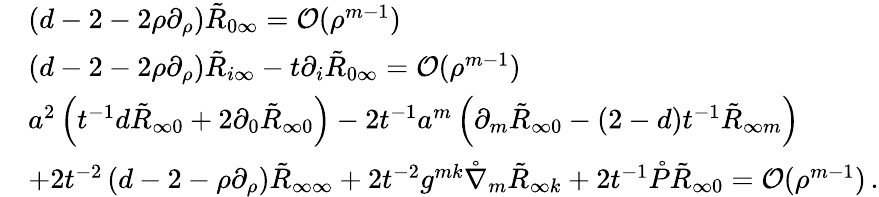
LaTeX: \begin{array}{rl}&{\left(d-2-2\rho\partial_{\rho}\right)\tilde{R}_{0\infty}={\cal O}(\rho^{m-1})}\\ &{(d-2-2\rho\partial_{\rho})\tilde{R}_{i\infty}-t\partial_{i}\tilde{R}_{0\infty}={\cal O}(\rho^{m-1})}\\ &{a^{2}\left(t^{-1}d\tilde{R}_{\infty 0}+2\partial_{0}\tilde{R}_{\infty 0}\right)-2t^{-1}a^{m}\left(\partial_{m}\tilde{R}_{\infty 0}-(2-d)t^{-1}\tilde{R}_{\infty m}\right)}\\ &{+2t^{-2}\left(d-2-\rho\partial_{\rho}\right)\tilde{R}_{\infty\infty}+2t^{-2}g^{mk}\mathring\nabla_{m}\tilde{R}_{\infty k}+2t^{-1}\mathring{P}\tilde{R}_{\infty 0}={\cal O}(\rho^{m-1})\, .}\end{array}